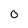
Character: 0